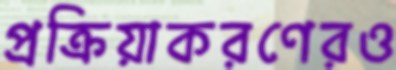
প্রক্রিয়াকরণেরও